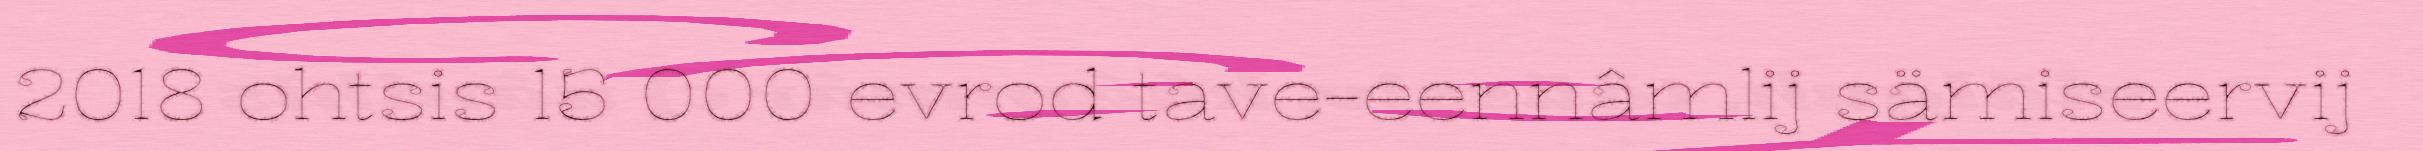
2018 ohtsis 15 000 evrod tave-eennâmlij sämiseervij